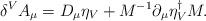
LaTeX: \begin{align*}\delta^V A_\mu = D_\mu \eta_V + M^{-1} \partial_\mu \eta_V^\dagger M.\end{align*}